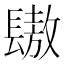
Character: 䦋